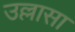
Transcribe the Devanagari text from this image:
उल्लासा